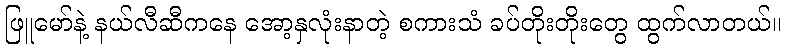
ဖြူမော်နဲ့ နယ်လီဆီကနေ အော့နှလုံးနာတဲ့ စကားသံ ခပ်တိုးတိုးတွေ ထွက်လာတယ်။